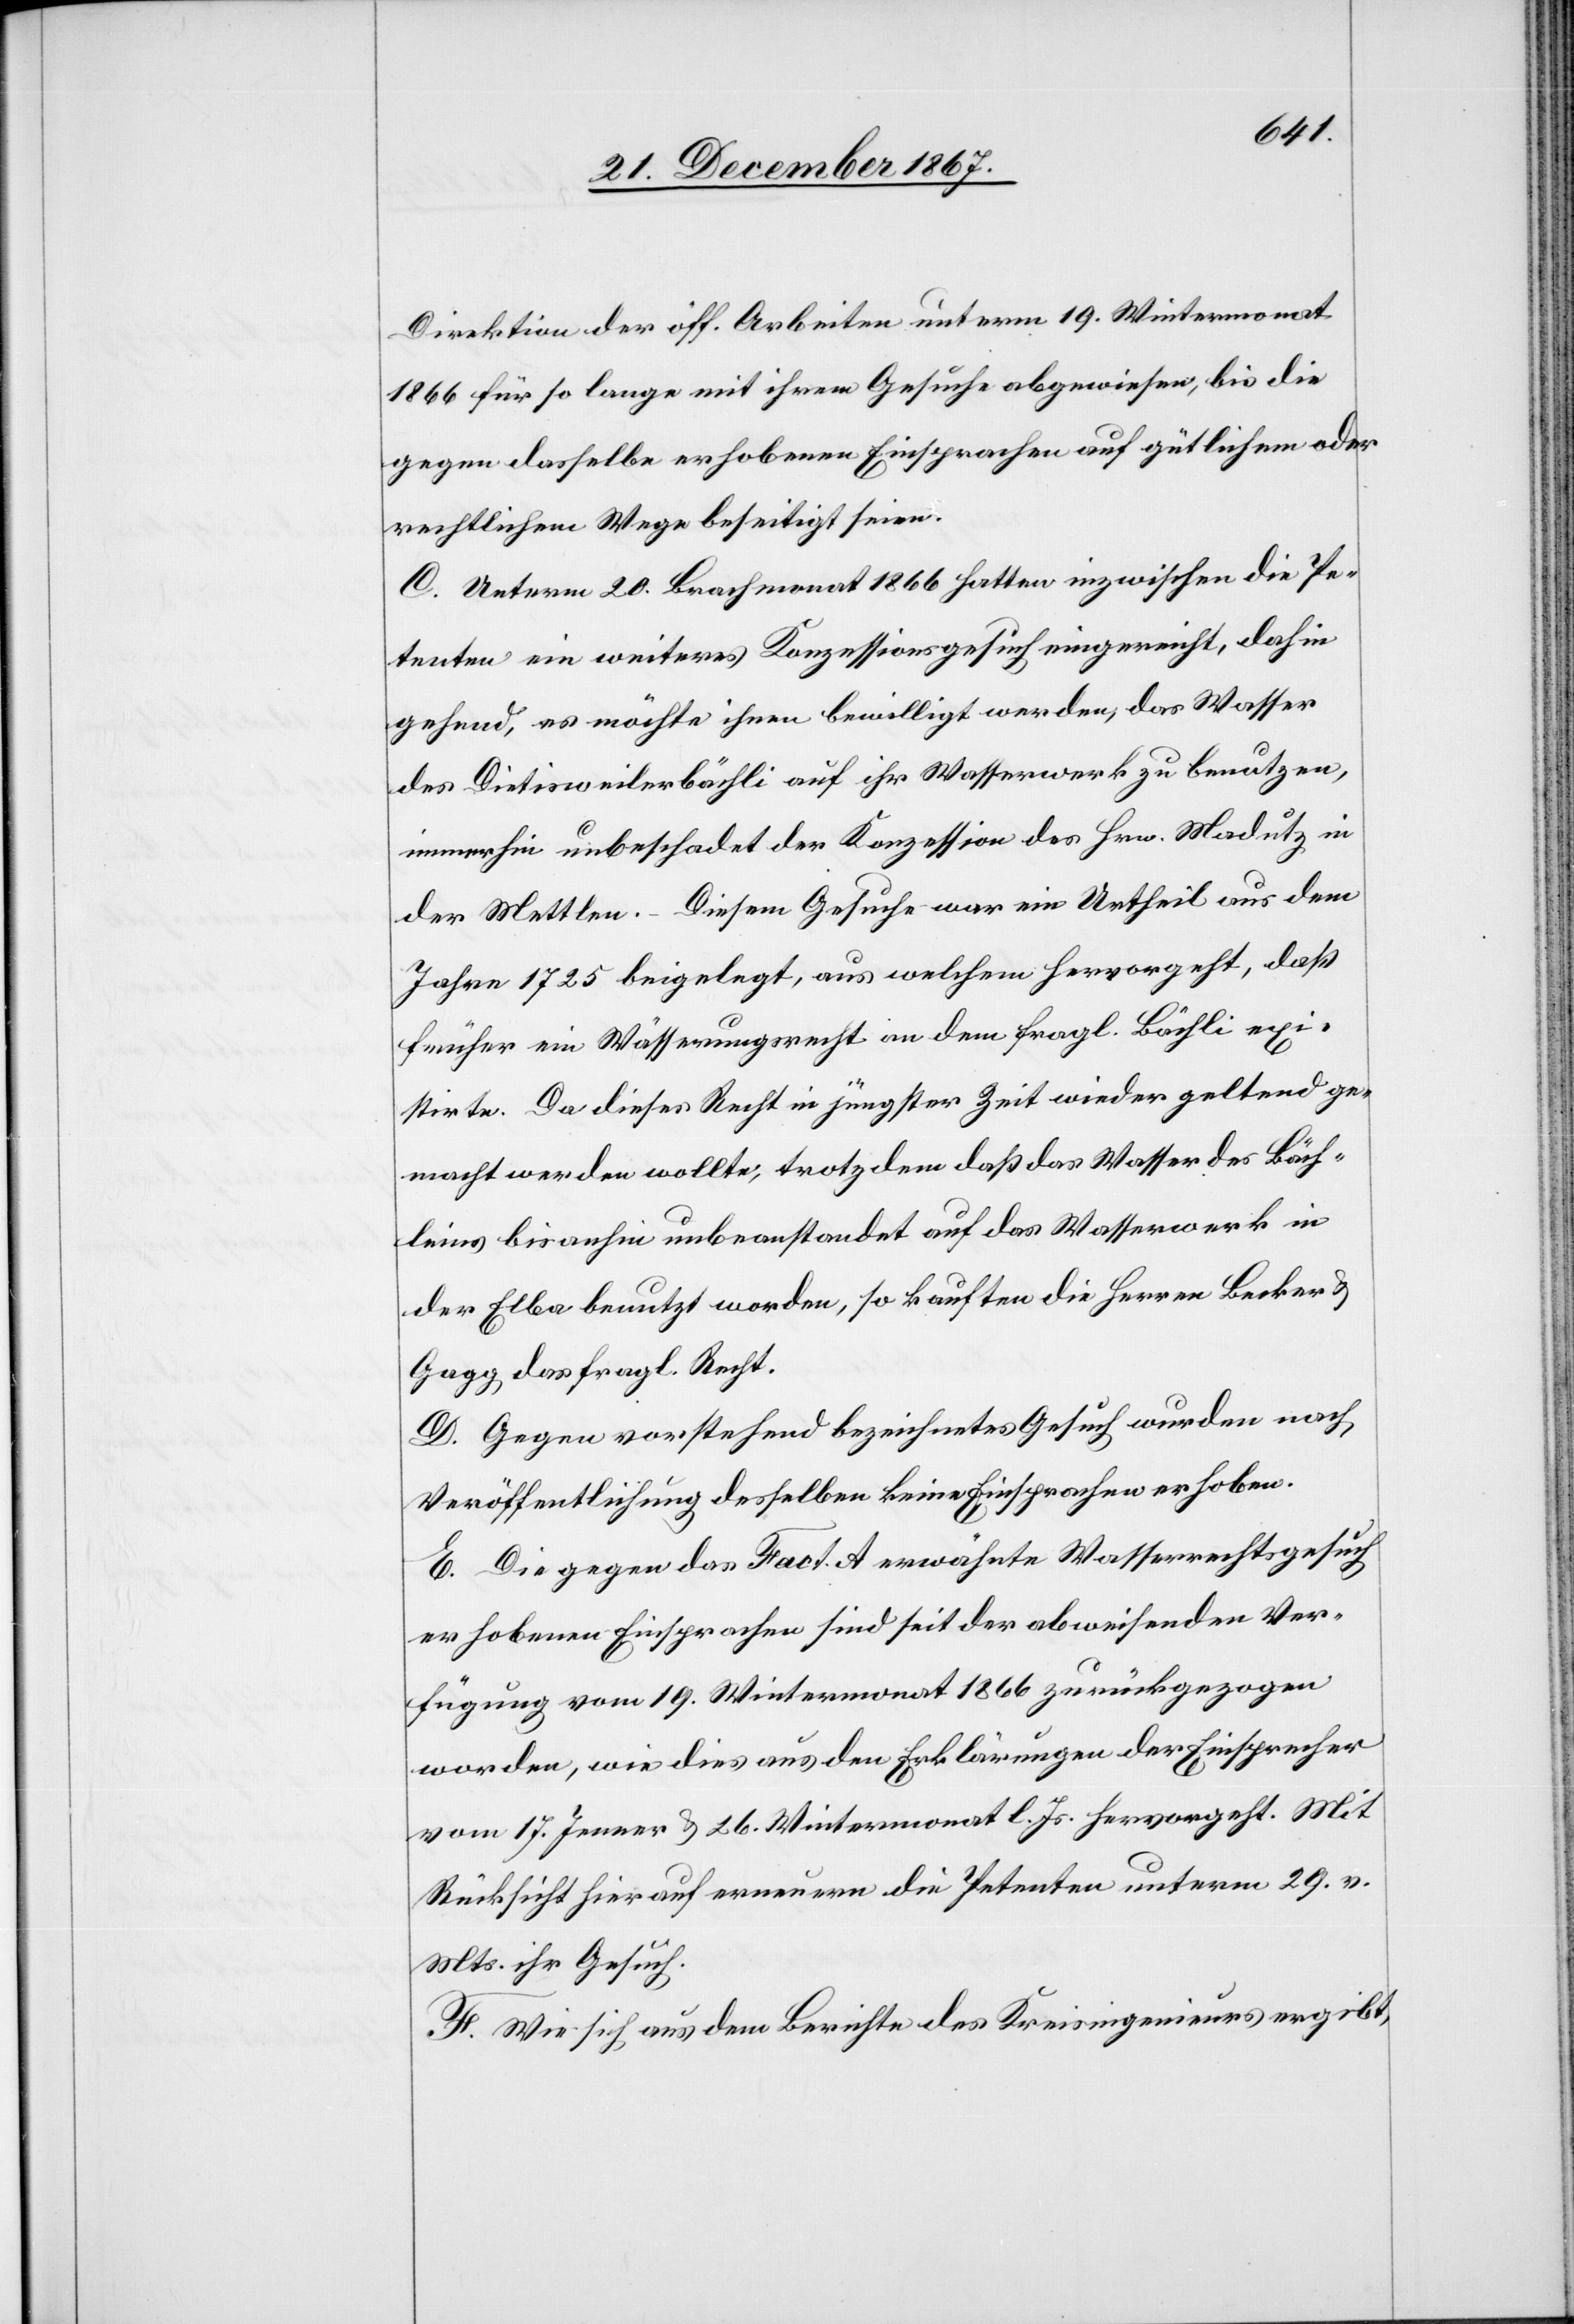
Direktion der öff. Arbeiten unterm 19. Wintermonat
1866 für so lange mit ihrem Gesuche abgewiesen, bis die
gegen dasselbe erhobenen Einsprachen auf gütlichem oder
rechtlichem Wege beseitigt seien.
C. Unterm 20. Brachmonat 1866 hatten inzwischen die Pe¬
tenten ein weiteres Konzessionsgesuch eingereicht, dahin
gehend, es möchte ihnen bewilligt werden, das Wasser
des Dietisweilerbächli auf ihr Wasserwerk zu benutzen,
immerhin unbeschadet der Konzession des Hrn. Modutz in
der Mettlen. – Diesem Gesuche war ein Urtheil aus dem
Jahre 1725 beigelegt, aus welchem hervorgeht, daß
früher ein Wässerungsrecht an dem fragl. Bächli exi¬
stirte. Da dieses Recht in jüngster Zeit wieder geltend ge¬
macht werden wollte, trotzdem daß das Wasser des Bäch¬
leins bisanhin unbeanstandet auf das Wasserwerk in
der Elba benutzt worden, so kauften die Herren Becker u.
Gagg das fragl. Recht.
D. Gegen vorstehend bezeichnetes Gesuch wurden nach
Veröffentlichung desselben keine Einsprachen erhoben.
E. Die gegen das Fact. A erwähnte Wasserrechtsgesuch
erhobenen Einsprachen sind seit der abweisenden Ver¬
fügung vom 19. Wintermonat 1866 zurückgezogen
worden, wie dies aus den Erklärungen der Einsprecher
vom 17. Jenner u. 26. Wintermonat l. Js. hervorgeht. Mit
Rücksicht hierauf erneuern die Petenten unterm 29. v.
Mts. ihr Gesuch.
F. Wie sich aus dem Berichte des Kreisingenieurs ergibt,